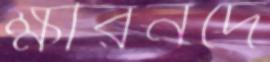
ক্ষীরনদে